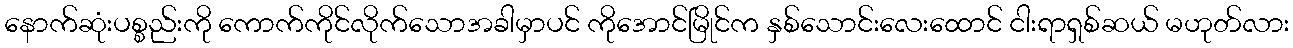
နောက်ဆုံးပစ္စည်းကို ကောက်ကိုင်လိုက်သောအခါမှာပင် ကိုအောင်မြိုင်က နှစ်သောင်းလေးထောင် ငါးရာရှစ်ဆယ် မဟုတ်လား